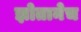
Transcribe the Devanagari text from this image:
झोतानेच